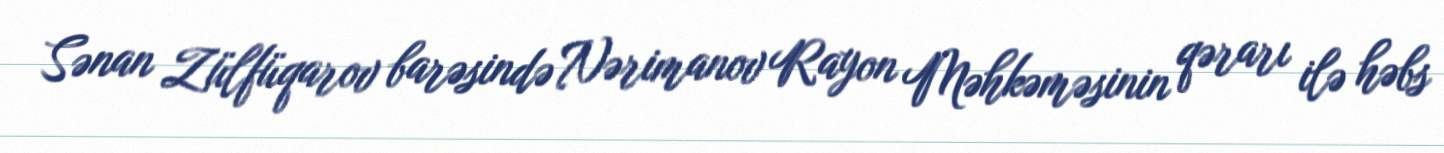
Sənan Zülfüqarov barəsində Nərimanov Rayon Məhkəməsinin qərarı ilə həbs